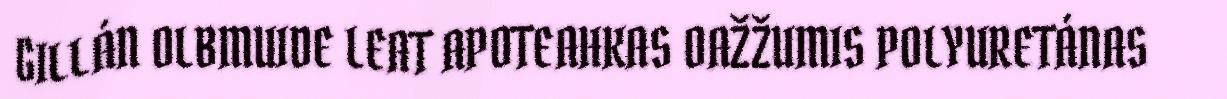
GILLÁN OLBMUIDE LEAT APOTEAHKAS OAŽŽUMIS POLYURETÁNAS